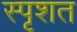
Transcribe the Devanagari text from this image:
स्पृशत